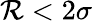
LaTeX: \mathcal{R}<2\sigma